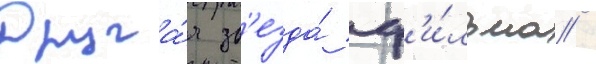
Друга́я зв'езда́ ф'и́льма /